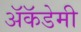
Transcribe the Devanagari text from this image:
अॅकॅडेमी